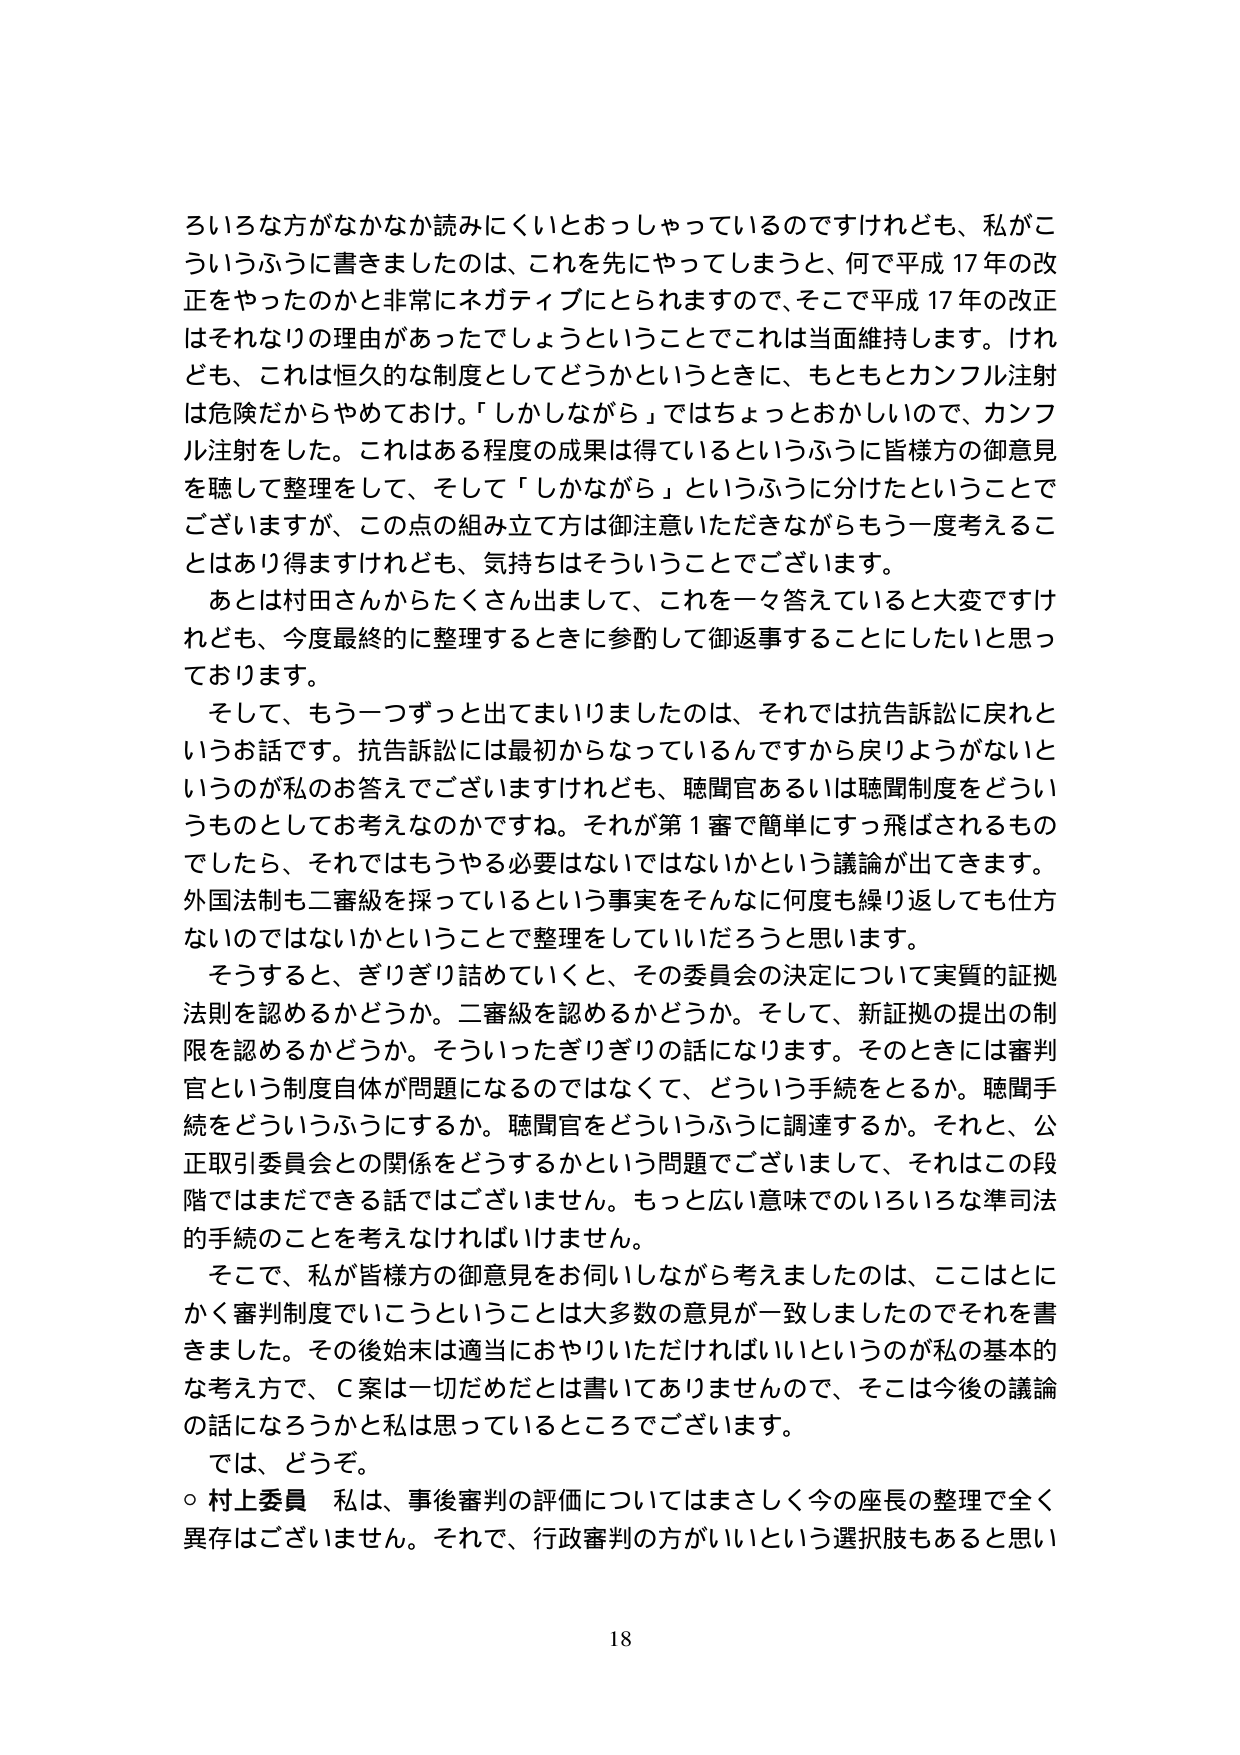
ろいろな方がなかなか読みにくいとおっしゃっているのですけれども、私がこういうふうに書きましたのは、これを先にやってしまうと、何で平成17年の改正をやったのかと非常にネガティブにとられますので、そこで平成17年の改正はそれなりの理由があったでしょうということでこれは当面維持します。けれども、これは恒久的な制度としてどうかというときに、もともとカンフル注射は危険だからやめておけ。「しかしながら」ではちょっとおかしいので、カンフル注射をした。これはある程度の成果は得ているというふうに皆様方の御意見を聴いて整理をして、そして「しかしながら」というふうに分けたということでございますが、この点の組み立て方は御注意いただきながらもう一度考えることはあり得ますけれども、気持ちはそういうことでございます。

あとは村田さんからたくさん出まして、これを一々答えていると大変ですけれども、今度最終的に整理するときに参酌して御返事することにしたいと思っております。

そして、もう一つずっと出てまいりましたのは、それでは抗告訴訟に戻れというお話です。抗告訴訟には最初からなっているんですから戻りようがないというのが私のお答えでございますけれども、聴聞官あるいは聴聞制度をどういうものとしてお考えなのかですね。それが第1審で簡単にすっ飛ばされるものでしたら、それではもうやる必要はないではないかという議論が出てきます。外国法制も二審級を採っているという事実をそんなに何度も繰り返しても仕方ないのではないかということで整理をしていきたいと思います。

そうすると、ぎりぎり詰めていくと、その委員会の決定について実質的証拠法則を認めるかどうか。二審級を認めるかどうか。そして、新証拠の提出の制限を認めるかどうか。そういったぎりぎりの話になります。そのときには審判官という制度自体が問題になるのではなくて、どういう手続をとるか。聴聞手続をどういうふうにするか。聴聞官をどういうふうに調達するか。それと、公正取引委員会との関係をどうするかという問題でございまして、それはこの段階ではまだできる話ではございません。もっと広い意味でのいろいろな準司法的手続のことを考えなければいけません。

そこで、私が皆様方の御意見をお伺いしながら考えましたのは、ここはとにかく審判制度でいこうということは大多数の意見が一致しましたのでそれを書きました。その後始末は適当におやりいただければいいというのが私の基本的な考え方で、C案は一切だめだとは書いてありませんので、そこは今後の議論の話になろうかと私は思っているところでございます。

では、どうぞ。

○ 村上委員 私は、事後審判の評価についてはまさしく今の座長の整理で全く異存はございません。それで、行政審判の方がいいという選択肢もあると思い

18